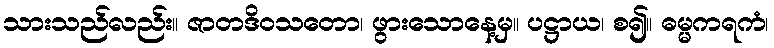
သားသည်လည်း။ ဇာတဒိဝသတော၊ ဖွားသောနေ့မှ။ ပဋ္ဌာယ၊ စ၍။ ဓမ္မကရကံ၊